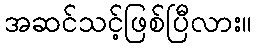
အဆင်သင့်ဖြစ်ပြီလား။